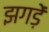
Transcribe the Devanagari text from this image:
झगड़ें